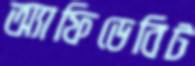
অ্যাফিডেবিট